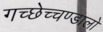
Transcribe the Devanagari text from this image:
गच्छेच्चण्डालो